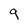
Character: 9